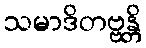
သမာဒိတဗ္ဗန္တိ